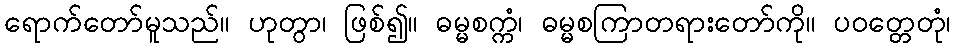
ရောက်တော်မူသည်။ ဟုတွာ၊ ဖြစ်၍။ ဓမ္မစက္ကံ၊ ဓမ္မစကြာတရားတော်ကို။ ပဝတ္တေတုံ၊